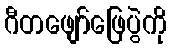
ဂီတဖျော်ဖြေပွဲကို